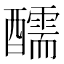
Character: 醹